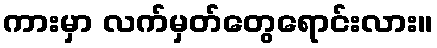
ကားမှာ လက်မှတ်တွေရောင်းလား။